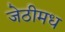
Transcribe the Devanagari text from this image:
जेठीमध